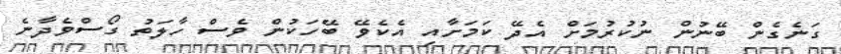
ގަނެގެން ބޭނުން ނުކުރުމަށް އެދޭ ކަމަށާއި އެކެވޭ ބޭހަކުން ވެސް ހާލަތު ގޯސްވެދާނެ